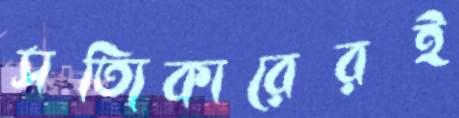
সত্যিকারেরই